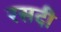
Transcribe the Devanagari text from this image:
रसदी